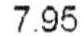
7.95